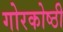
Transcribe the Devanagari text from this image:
गोरकोष्ठी